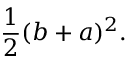
{ \frac { 1 } { 2 } } ( b + a ) ^ { 2 } .